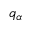
q _ { \alpha }